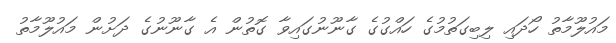
މައުލޫމާތު ހޯދައި ލިބިގަތުމުގެ ހައްގުގެ ގާނޫނުގައިވާ ގޮތުން އެ ގާނޫނުގެ ދަށުން މައުލޫމާތު